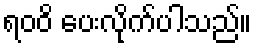
ရဝဝိ ပေးလိုက်ပါသည်။